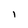
Character: I